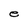
Character: e